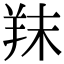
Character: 䍪